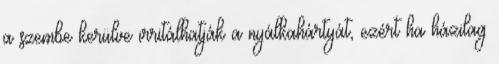
a szembe kerülve irritálhatják a nyálkahártyát, ezért ha házilag